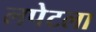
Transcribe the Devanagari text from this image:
लपेटला